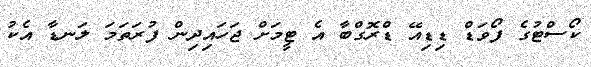
ކޯސްޓުގެ ފޯވަޑް ޑިޑިއޭ ޑްރޮގްބާ އެ ޓީމަށް ޖަހައިދިން ފުރަތަމަ ލަނޑާ އެކު